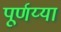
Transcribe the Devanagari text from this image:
पूर्णय्या